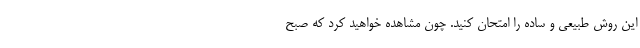
این روش طبیعی و ساده را امتحان کنید. چون مشاهده خواهید کرد که صبح